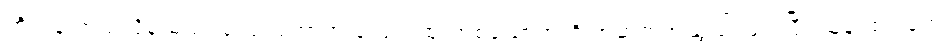
ကိုယ်နဲ့ ဘယ်လိုမှ မသင့်လျော်တော့တဲ့ လောင်ထုံးတစ်ယောက်ကို အဆက်အသွယ် ဖြတ်ပြီး သူနဲ့ ထားခဲ့တဲ့